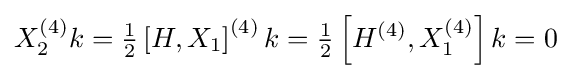
X_{2}^{(4)}k={\tfrac {1}{2}}\left[H,X_{1}\right]^{(4)}k={\tfrac {1}{2}}\left[H^{(4)},X_{1}^{(4)}\right]k=0